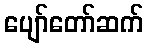
ပျော်တော်ဆက်